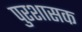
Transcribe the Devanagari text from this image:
पुरशासक